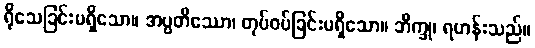
ရိုသေခြင်းမရှိသော။ အပ္ပတိဿော၊ တုပ်ဝပ်ခြင်းမရှိသော။ ဘိက္ခု၊ ရဟန်းသည်။